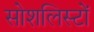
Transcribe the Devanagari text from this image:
सोशलिस्टों